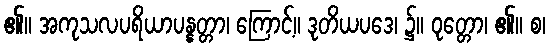
၏။ အကုသလပရိယာပန္နတ္တာ၊ ကြောင့်။ ဒုတိယပဒေ၊ ၌။ ဝုတ္တော၊ ၏။ စ၊